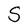
Character: S